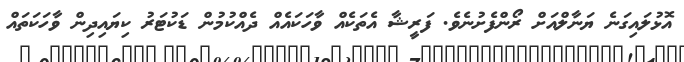
އޮޅުލައިގަނެ ޔަނާލްއަށް ރޯންފެށުނެވެ. ފަރީޝާ އެތަކެއް ވާހަކައެއް ދެއްކުމުން ޑަކުޓަރު ކިޔައިދިން ވާހަކަތައް